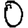
Digit: 0